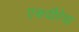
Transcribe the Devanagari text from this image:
एकवीरेचा